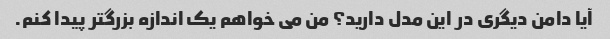
آیا دامن دیگری در این مدل دارید؟ من می خواهم یک اندازه بزرگتر پیدا کنم.